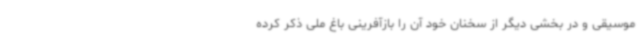
موسیقی و در بخشی دیگر از سخنان خود آن را بازآفرینی باغ ملی ذکر کرده